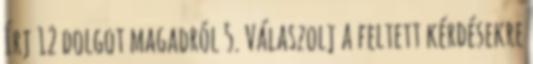
Írj 12 dolgot magadról 5. Válaszolj a feltett kérdésekre